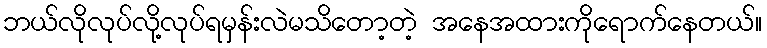
ဘယ်လိုလုပ်လို့လုပ်ရမှန်းလဲမသိတော့တဲ့ အနေအထားကိုရောက်နေတယ်။